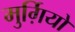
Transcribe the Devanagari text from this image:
मुर्ग़ियों